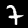
Digit: 7